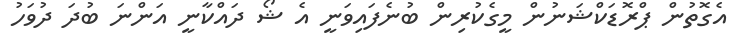
އެގޮތުން ޕްރޮޑަކްޝަނުން މީގެކުރިން ބުނެފައިވަނީ އެ ޝޯ ދައްކާނީ އަންނަ ބުދަ ދުވަހު